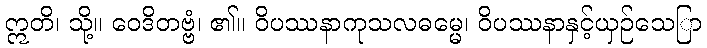
ဣတိ၊ သို့။ ဝေဒိတဗ္ဗံ၊ ၏။ ဝိပဿနာကုသလဓမ္မေ၊ ဝိပဿနာနှင့်ယှဉ်သေြာ